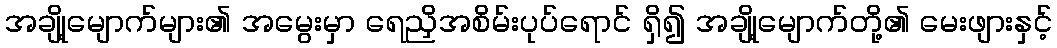
အချို့မျောက်များ၏ အမွေးမှာ ရေညှိအစိမ်းပုပ်ရောင် ရှိ၍ အချို့မျောက်တို့၏ မေးဖျားနှင့်